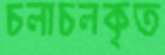
চলাচলকৃত